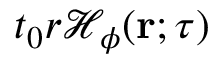
t _ { 0 } r { \mathcal H } _ { \phi } ( { \bf r } ; \tau )